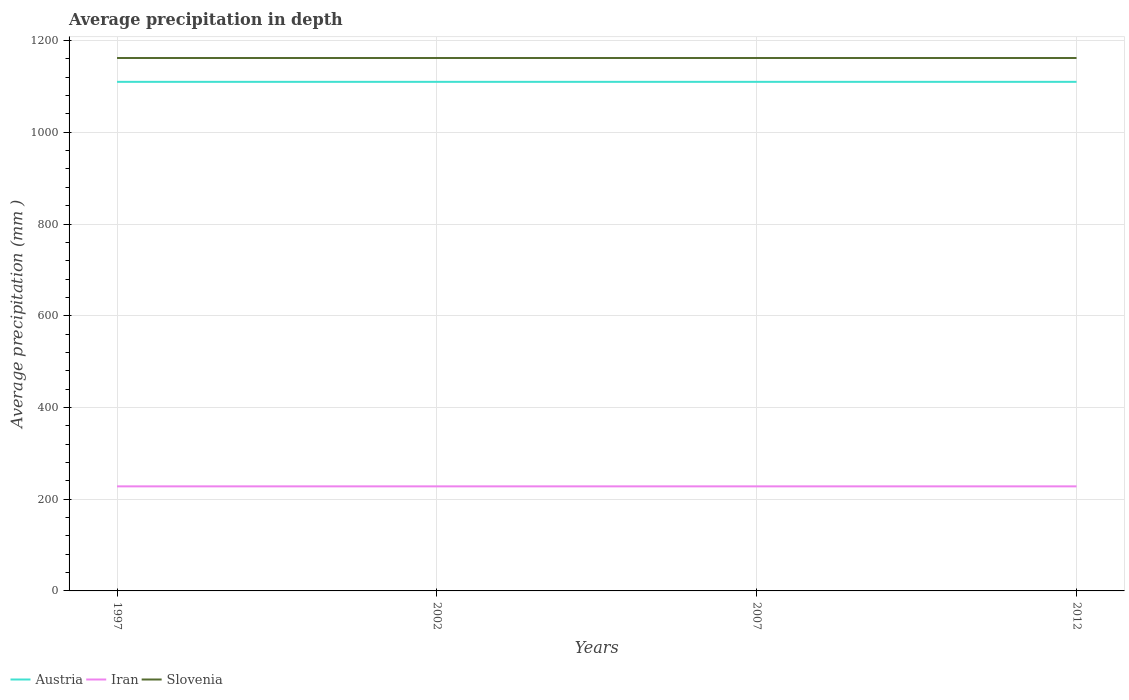
| Years | Austria | Iran | Slovenia |
 | --- | --- | --- | --- |
 | 1997 | 1.11e+03 | 228 | 1.16e+03 |
 | 2002 | 1.11e+03 | 228 | 1.16e+03 |
 | 2007 | 1.11e+03 | 228 | 1.16e+03 |
 | 2012 | 1.11e+03 | 228 | 1.16e+03 |